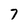
Character: 7